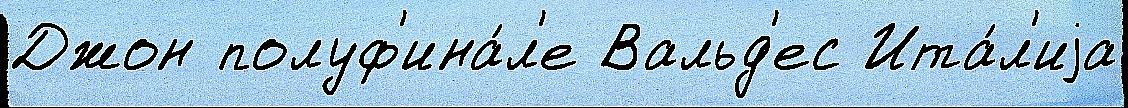
Джон полуф'ина́л'е Вальд'ес Ита́л'иjа